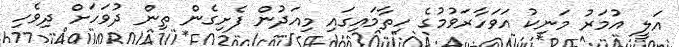
އަލީ އުމަރު މަނިކު އަވަހާރަވުމުގެ ހިތާމައިގައި މިއަދުން ފެށިގެން ތިން ދުވަހަށް ދިވެހި